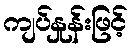
ကျပ်နှုန်းဖြင့်